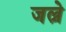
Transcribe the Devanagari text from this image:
जल्ने